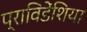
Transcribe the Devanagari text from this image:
प्राविडेंशिया